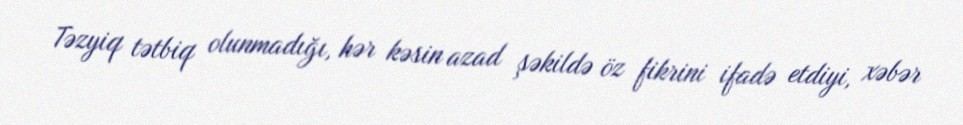
Təzyiq tətbiq olunmadığı, hər kəsin azad şəkildə öz fikrini ifadə etdiyi, xəbər